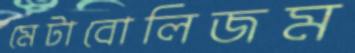
মেটাবোলিজম